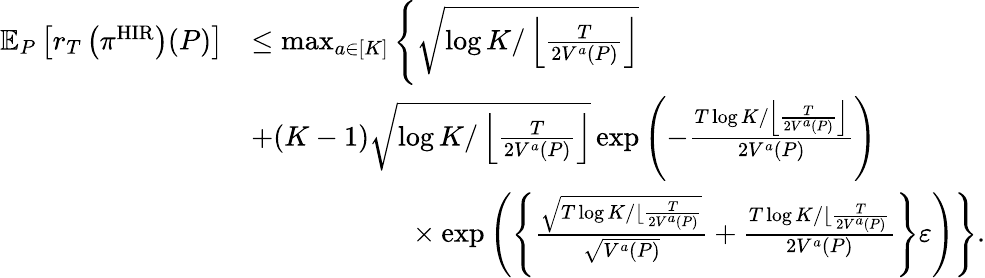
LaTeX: \begin{array}{rl}{\mathbb{E}_{P}\left[r_{T}\left(\pi^{\mathrm{HIR}}\right)(P)\right]}&{\leq\operatorname*{max}_{a\in[K]}\Bigg\{ \sqrt{\log K/\left\lfloor\frac{T}{2V^{a}(P)}\right\rfloor}}\\ &{+(K-1)\sqrt{\log K/\left\lfloor\frac{T}{2V^{a}(P)}\right\rfloor}\exp\left(-\frac{T\log K/\left\lfloor\frac{T}{2V^{a}(P)}\right\rfloor}{2V^{a}(P)}\right)}\\ &{\ \ \ \ \ \ \ \ \ \ \ \ \ \ \ \ \ \ \ \ \ \ \times\exp\left(\left\{ \frac{\sqrt{T\log K/\lfloor\frac{T}{2V^{a}(P)}}}{\sqrt{V^{a}(P)}}+\frac{T\log K/\lfloor\frac{T}{2V^{a}(P)}}{2V^{a}(P)}\right\} \varepsilon\right)\Bigg\} .}\end{array}